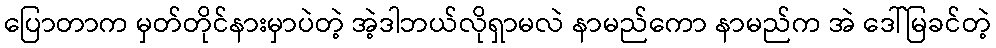
ပြောတာက မှတ်တိုင်နားမှာပဲတဲ့ အဲ့ဒါဘယ်လိုရှာမလဲ နာမည်ကော နာမည်က အဲ ဒေါ်မြခင်တဲ့